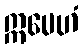
ဣမေဟံ